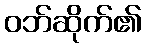
ဝဘ်ဆိုက်၏